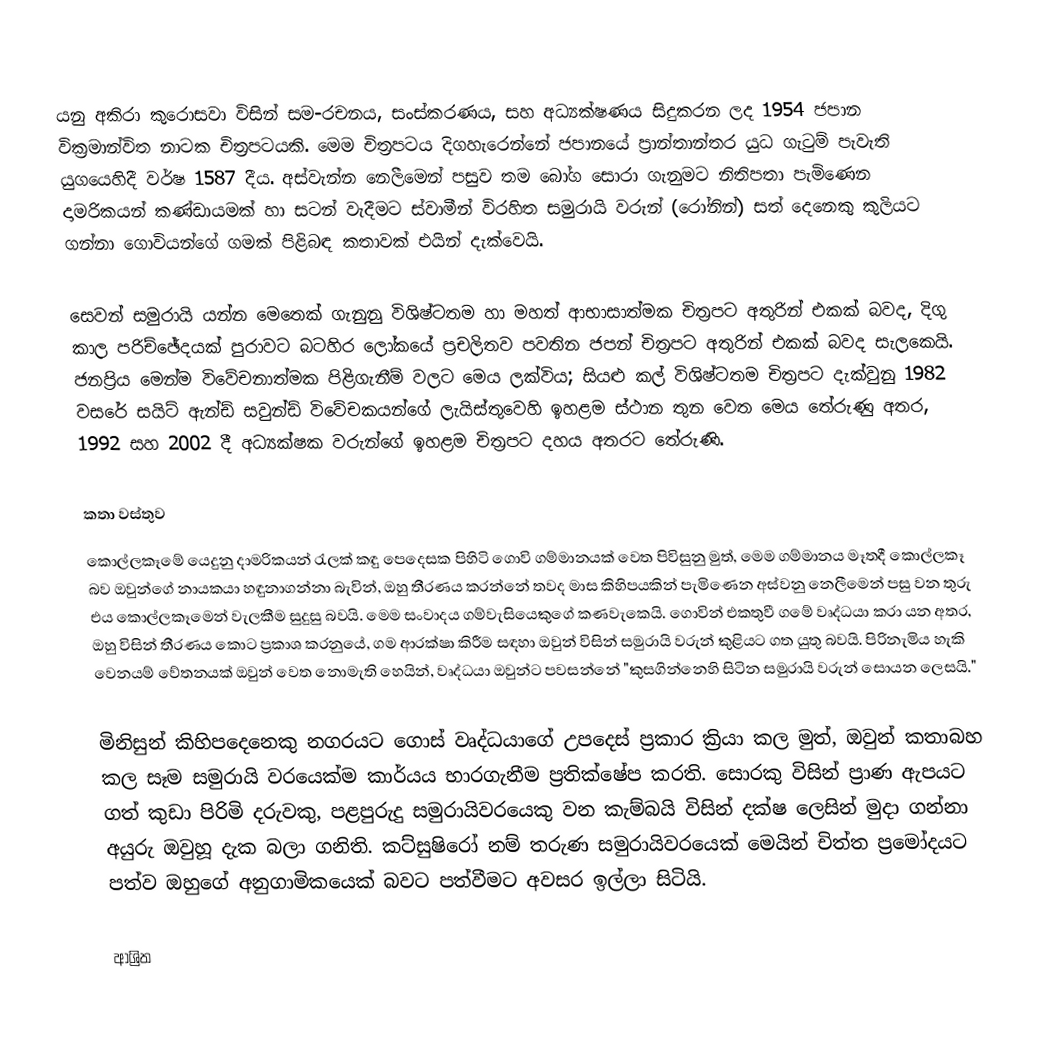
යනු අකිරා කුරොසවා විසින් සම-රචනය, සංස්කරණය, සහ අධ්‍යක්ෂණය සිදුකරන ලද 1954 ජපාන වික්‍රමාන්විත නාටක චිත්‍රපටයකි. මෙම චිත්‍රපටය දිගහැරෙන්නේ  ජපානයේ ප්‍රාන්තාන්තර යුධ ගැටුම් පැවැති යුගයෙහිදී වර්ෂ 1587 දීය. අස්වැන්න නෙලීමෙන් පසුව තම බෝග සොරා ගැනුමට නිතිපතා පැමිණෙන දාමරිකයන් කණ්ඩායමක් හා සටන් වැදීමට ස්වාමීන් විරහිත සමුරායි වරුන් (රෝනින්) සත් දෙනෙකු කුලියට ගන්නා ගොවියන්ගේ ගමක් පිළිබඳ කතාවක් එයින් දැක්වෙයි.

සෙවන් සමුරායි යන්න  මෙතෙක් ගැනුනු විශිෂ්ටතම හා මහත් ආභාසාත්මක චිත්‍රපට අතුරින් එකක් බවද, දිගු කාල පරිච්ඡේදයක් පුරාවට බටහිර ලෝකයේ ප්‍රචලිතව පවතින ජපන් චිත්‍රපට අතුරින් එකක් බවද සැලකෙයි. ජනප්‍රිය මෙන්ම විවේචනාත්මක පිළිගැනීම් වලට මෙය ලක්විය; සියළු කල් විශිෂ්ටතම චිත්‍රපට දැක්වුනු 1982 වසරේ  සයිට් ඇන්ඩ් සවුන්ඩ් විවේචකයන්ගේ ලැයිස්තුවෙහි ඉහළම ස්ථාන තුන වෙත මෙය තේරුණු අතර, 1992 සහ 2002 දී අධ්‍යක්ෂක වරුන්ගේ ඉහළම චිත්‍රපට දහය අතරට තේරුණි.

කතා වස්තුව
කොල්ලකෑමේ යෙදුනු දාමරිකයන් රැලක් කඳු පෙදෙසක පිහිටි ගොවි ගම්මානයක් වෙත පිවිසුනු මුත්, මෙම ගම්මානය මෑතදී කොල්ලකෑ බව ඔවුන්ගේ නායකයා හඳුනාගන්නා බැවින්, ඔහු තීරණය කරන්නේ තවද මාස කිහිපයකින් පැමිණෙන අස්වනු නෙලීමෙන් පසු වන තුරු එය කොල්ලකෑමෙන් වැලකීම සුදුසු බවයි. මෙම සංවාදය ගම්වැසියෙකුගේ කණවැකෙයි. ගොවින් එකතුවී ගමේ වෘද්ධයා කරා යන අතර, ඔහු විසින් තීරණය කොට ප්‍රකාශ කරනුයේ, ගම ආරක්ෂා කිරීම සඳහා ඔවුන් විසින්  සමුරායි වරුන් කුළියට ගත යුතු බවයි. පිරිනැමිය හැකි වෙනයම් වේතනයක් ඔවුන් වෙත නොමැති හෙයින්, වෘද්ධයා ඔවුන්ට පවසන්නේ "කුසගින්නෙහි සිටින සමුරායි වරුන් සොයන ලෙසයි."

මිනිසුන් කිහිපදෙනෙකු නගරයට ගොස් වෘද්ධයාගේ උපදෙස් ප්‍රකාර ක්‍රියා කල මුත්, ඔවුන් කතාබහ කල සෑම සමුරායි වරයෙක්ම කාර්යය භාරගැනීම ප්‍රතික්ෂේප කරති. සොරකු විසින් ප්‍රාණ ඇපයට ගත් කුඩා පිරිමි දරුවකු,  පළපුරුදු සමුරායිවරයෙකු වන කැම්බයි විසින් දක්ෂ ලෙසින් මුදා ගන්නා අයුරු ඔවුහූ දැක බලා ගනිති. කට්සුෂිරෝ නම් තරුණ සමුරායිවරයෙක් මෙයින් චිත්ත ප්‍රමෝදයට පත්ව ඔහුගේ අනුගාමිකයෙක් බවට පත්වීමට අවසර ඉල්ලා සිටියි.

ආශ්‍රිත